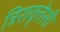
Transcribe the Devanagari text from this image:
त्रिरावृत्तेसी